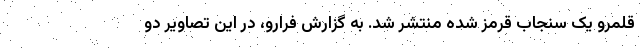
قلمرو یک سنجاب قرمز شده منتشر شد. به گزارش فرارو، در این تصاویر دو